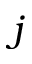
j